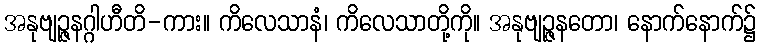
အနုဗျဉ္ဇနဂ္ဂါဟီတိ-ကား။ ကိလေသာနံ၊ ကိလေသာတို့ကို။ အနုဗျဉ္ဇနတော၊ နောက်နောက်၌